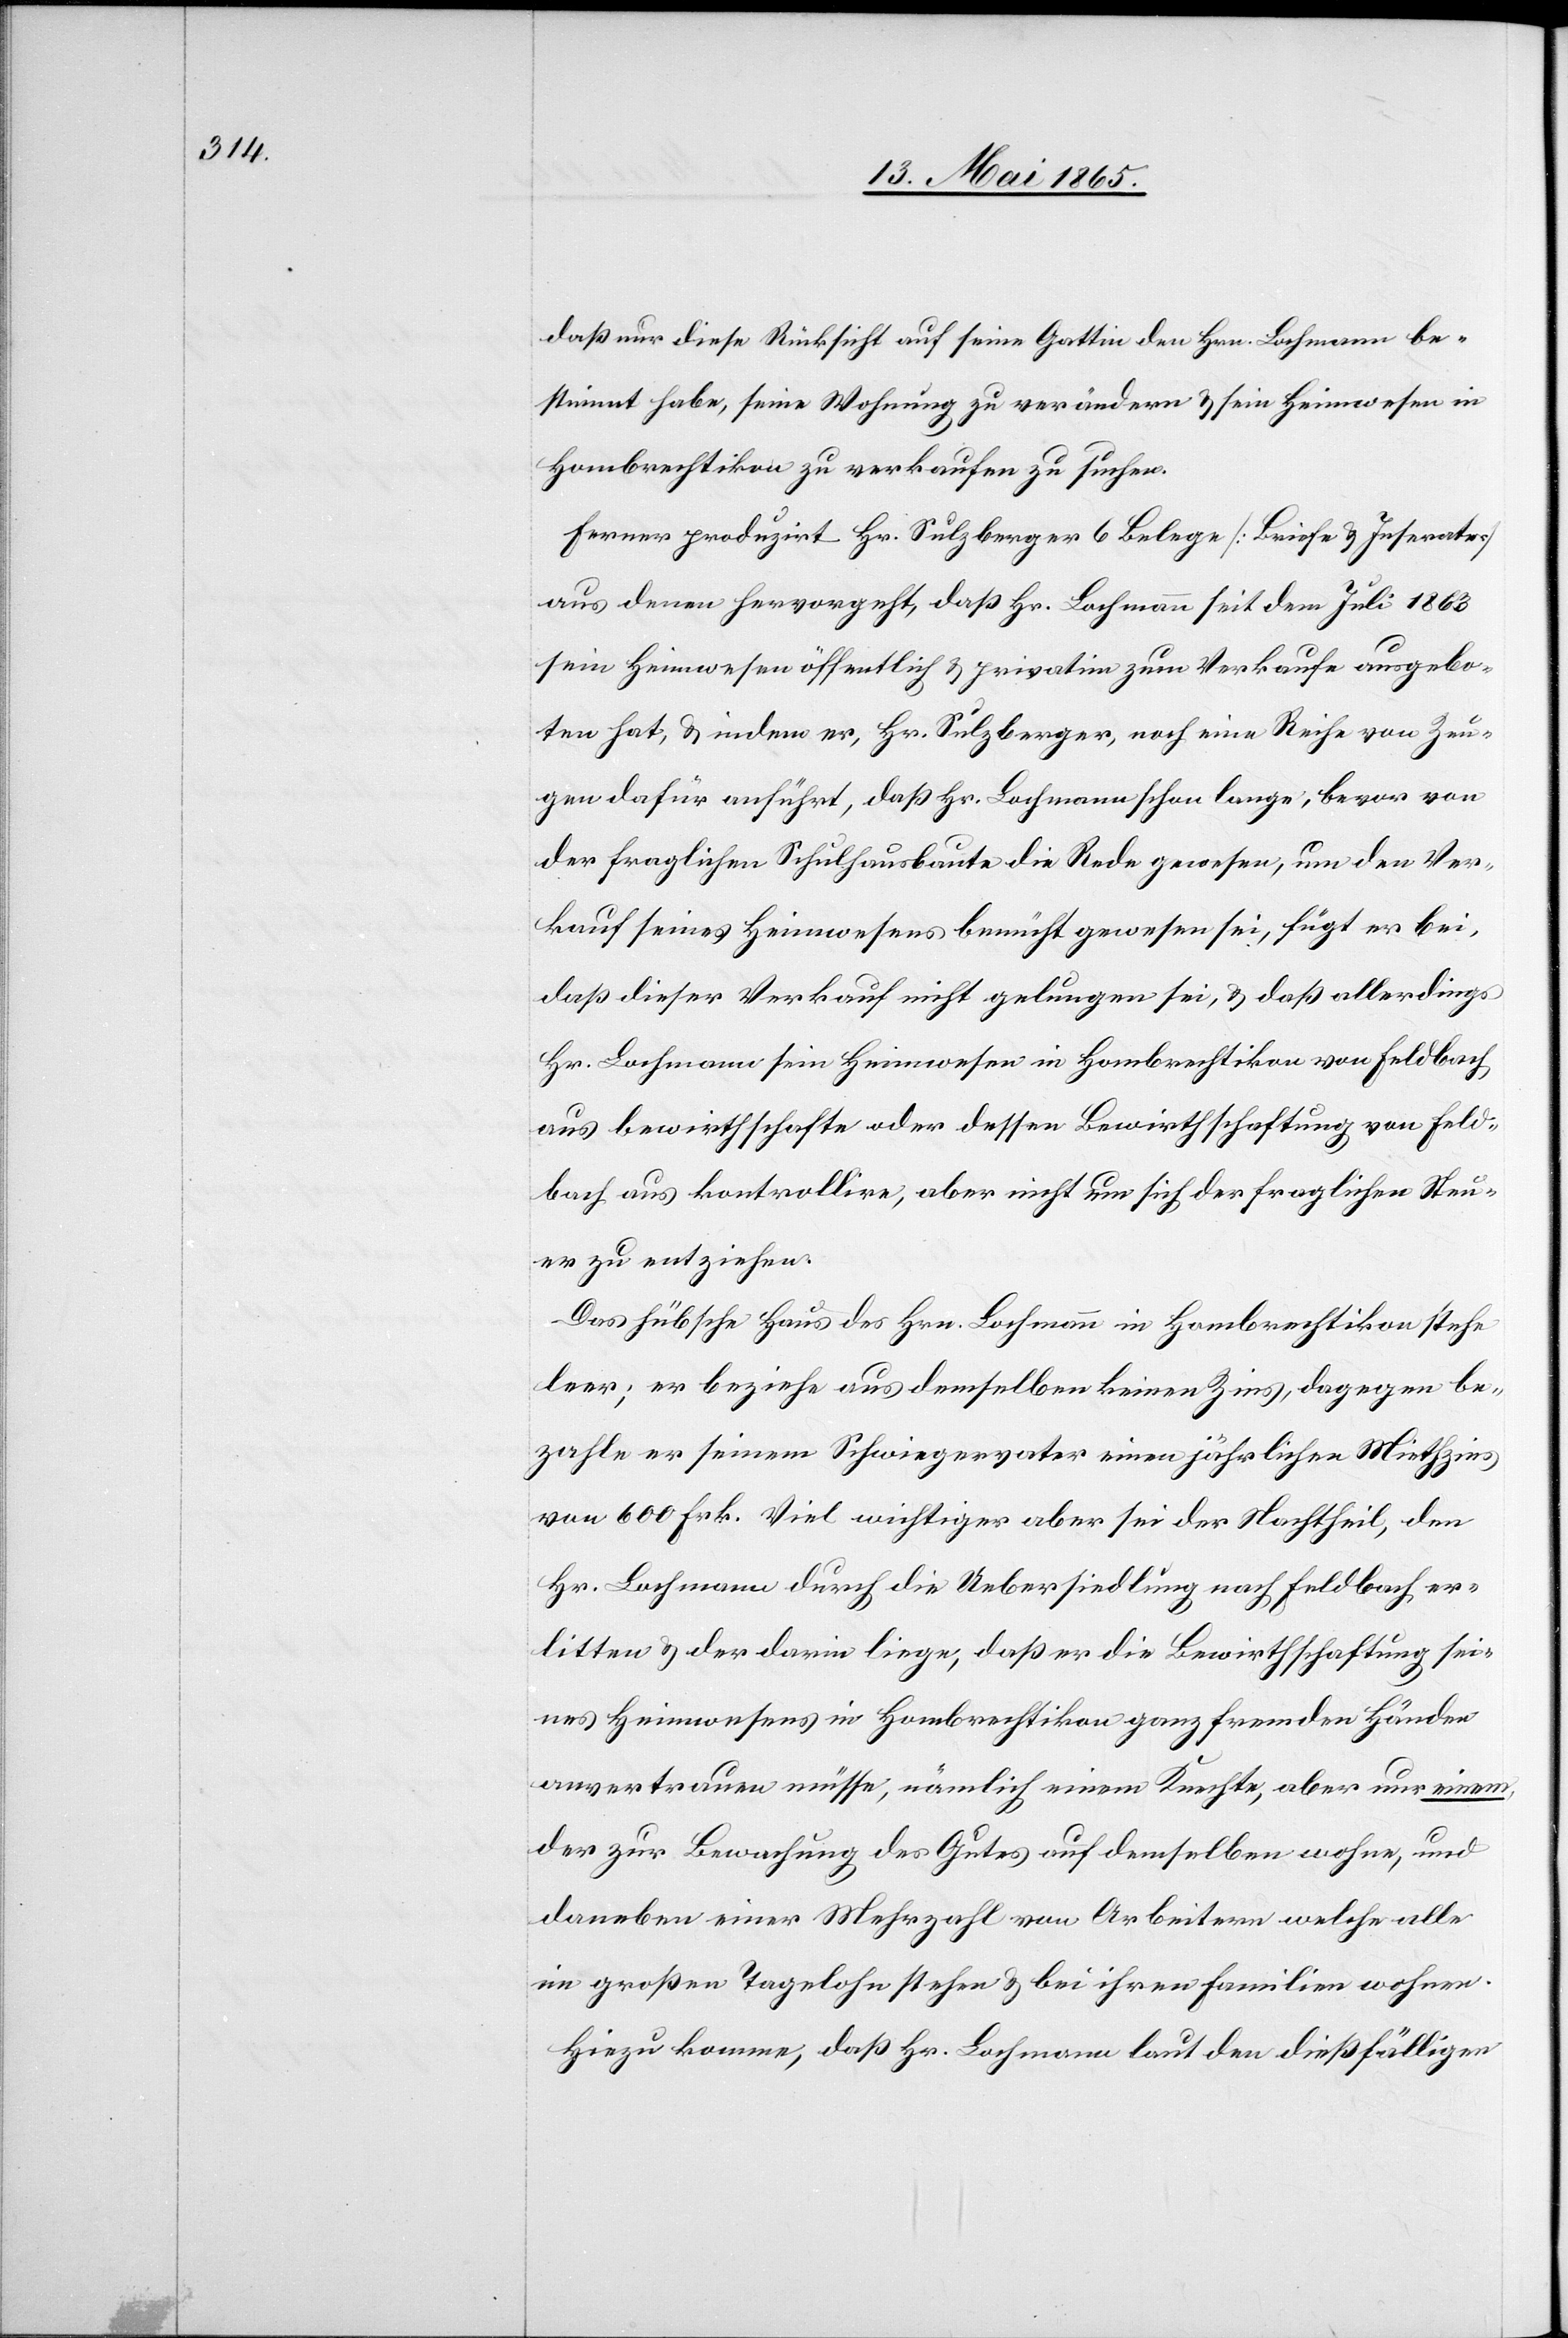
daß nur diese Rücksicht auf seine Gattin den Hrn. Lochmann be¬
stimmt habe, seine Wohnung zu verändern & sein Heimwesen in
Hombrechtion zu verkaufen zu suchen.
Ferner produzirt Hr. Sulzberger 6 Belege [Briefe & Inserates]
aus denen hervorgeht, daß Hr. Lochmann seit dem Juli 1863
sein Heimwesen öffentlich & privatim zum Verkaufe ausgebo¬
ten hat, & indem er, Hr. Sulzberger, noch eine Reihe von Zeu¬
gen dafür anführt, daß Hr. Lochmann schon lange, bevor von
der fraglichen Schulhausbaute die Rede gewesen, um den Ver¬
kauf seines Heimwesens bemüht gewesen sei, fügt er bei,
daß dieser Verkauf nicht gelungen sei, & daß allerdings
Hr. Lochmann sein Heimwesen in Hombrechtikon von Feldbach
aus bewirthschafte oder dessen Bewirthschaftung von Feld¬
bach aus kontrollire, aber nicht nur sich der fraglichen Steu¬
er zu entziehen.
Das hübsche Haus des Hrn. Lochmann in Hombrechtikon stehe
leer; er beziehe aus demselben keinen Zins, dagegen be¬
zahle er seinem Schwiegervater einen jährlichen Miethzins
von 600 Frk. Viel wichtiger aber sei der Nachtheil, den
Hr. Lochmann durch die Uebersiedlung nach Feldbach, er¬
litten & der darin liege, daß er die Bewirtschaftung sei¬
nes Heimwesens in Hombrechtikon ganz fremden Händen
anvertrauen müsse, nämlich einem Knechte, aber nur einem,
der zur Bewachung des Gutes auf demselben wohne, und
daneben einer Mehrzahl von Arbeitern welche alle
im großen Tagelohn stehen & bei ihren Familien wohnen.
Hiezu komme, daß Hr. Lochmann laut den dießfälligen